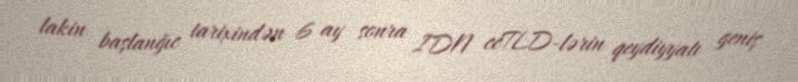
lakin başlanğıc tarixindən 6 ay sonra IDN ccTLD-lərin qeydiyyatı geniş